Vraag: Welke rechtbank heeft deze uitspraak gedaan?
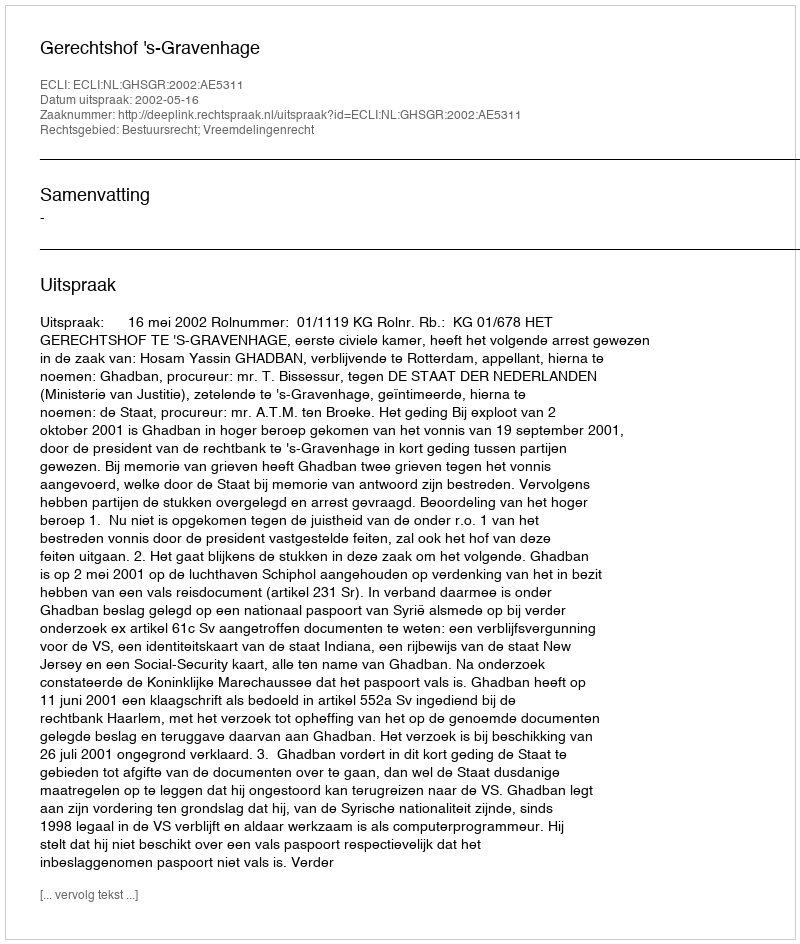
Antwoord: Gerechtshof 's-Gravenhage